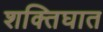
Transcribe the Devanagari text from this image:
शक्तिघात